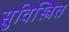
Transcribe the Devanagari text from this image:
सुविस्त्रित